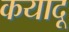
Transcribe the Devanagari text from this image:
कयादू